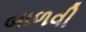
બાળવી